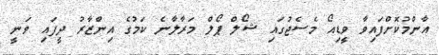
އާންމުކޮށްފައިވާ ވީޑިއޯ މެސެޖުގައި ޝޯލް ޕޯލް މަރާލާނެ ކަމުގެ އިންޒާރު ދީފައި ވަނީ